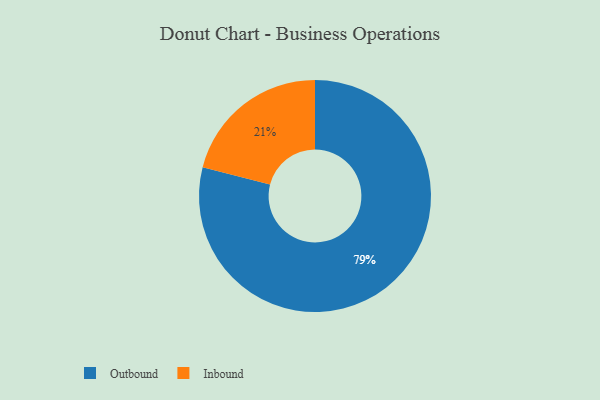
{"axis": {"x": "Category", "y": "Percentage"}, "legend": ["Inbound", "Outbound"], "data": [{"x": "Outbound", "y": 79, "type": "Outbound"}, {"x": "Inbound", "y": 21, "type": "Inbound"}]}